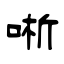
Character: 唽